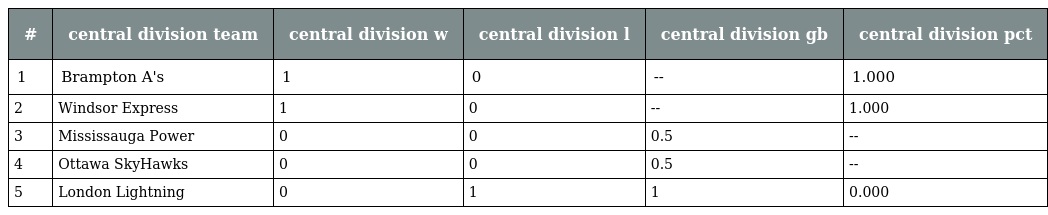
| # | central division team | central division w | central division l | central division gb | central division pct |
 | --- | --- | --- | --- | --- | --- |
 | 1 | Brampton A's | 1 | 0 | -- | 1.000 |
 | 2 | Windsor Express | 1 | 0 | -- | 1.000 |
 | 3 | Mississauga Power | 0 | 0 | 0.5 | -- |
 | 4 | Ottawa SkyHawks | 0 | 0 | 0.5 | -- |
 | 5 | London Lightning | 0 | 1 | 1 | 0.000 |